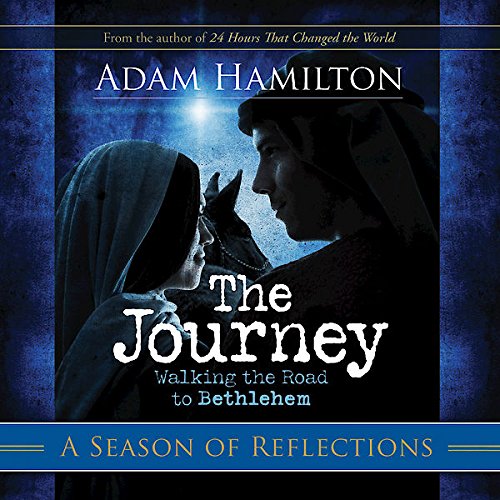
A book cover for The Journey: A Season of Reflections: Walking the Road to Bethlehem; Adam Hamilton; Christian Books & Bibles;